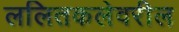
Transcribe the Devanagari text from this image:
ललितकलेवरील